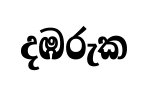
දඹරුක